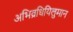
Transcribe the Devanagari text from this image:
अभिव्रधियिलुमान